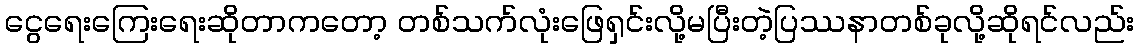
ငွေရေးကြေးရေးဆိုတာကတော့ တစ်သက်လုံးဖြေရှင်းလို့မပြီးတဲ့ပြဿနာတစ်ခုလို့ဆိုရင်လည်း